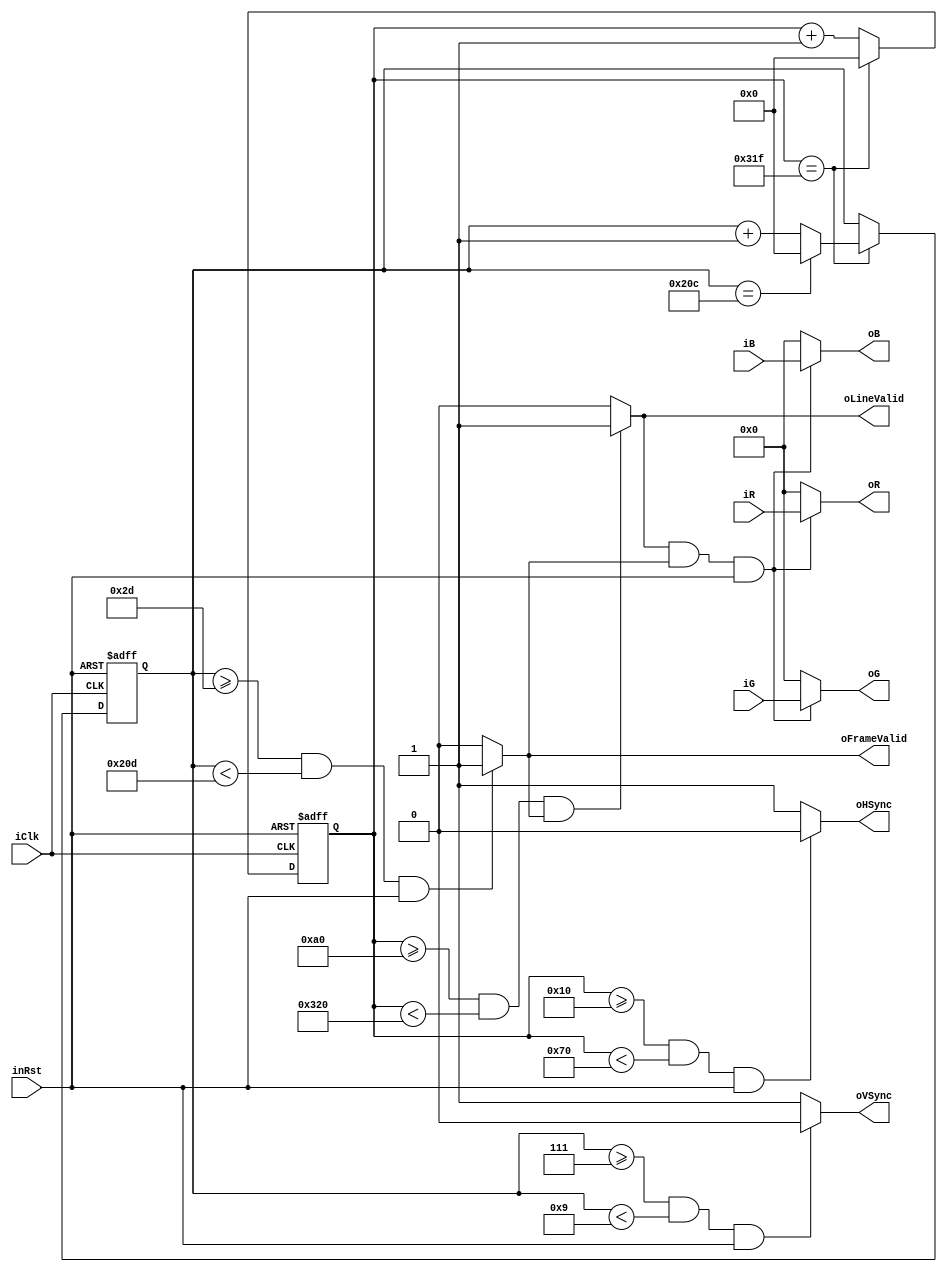
module  VGAController_1(
    input               iClk,
    input               inRst,
    input       [7:0]   iR,
    input       [7:0]   iG,
    input       [7:0]   iB,
    output      [7:0]   oR,
    output      [7:0]   oG,
    output      [7:0]   oB,
    output              oHSync,
    output              oVSync,
    output              oLineValid,
    output              oFrameValid
);
parameter   H_SYNC_PULSE    =   96;
parameter   H_SYNC_BACK     =   48;
parameter   H_SYNC_DATA     =   640;
parameter   H_SYNC_FRONT    =   16;
parameter   H_SYNC_TOTAL    =   H_SYNC_FRONT + H_SYNC_PULSE + H_SYNC_BACK + H_SYNC_DATA;
parameter   V_SYNC_PULSE    =   2;
parameter   V_SYNC_BACK     =   36;
parameter   V_SYNC_DATA     =   480;    
parameter   V_SYNC_FRONT    =   7;
parameter   V_SYNC_TOTAL    =   V_SYNC_FRONT + V_SYNC_PULSE + V_SYNC_BACK + V_SYNC_DATA; 
parameter   H_START_DATA    =   H_SYNC_BACK + H_SYNC_PULSE + H_SYNC_FRONT;
parameter   V_START_DATA    =   V_SYNC_BACK + V_SYNC_PULSE + V_SYNC_FRONT;
parameter   H_STOP_DATA     =   H_START_DATA + H_SYNC_DATA;
parameter   V_STOP_DATA     =   V_START_DATA + V_SYNC_DATA;
parameter   H_START_PULSE   =   H_SYNC_FRONT;
parameter   V_START_PULSE   =   V_SYNC_FRONT;
parameter   H_STOP_PULSE    =   H_SYNC_FRONT + H_SYNC_PULSE;
parameter   V_STOP_PULSE    =   V_SYNC_FRONT + V_SYNC_PULSE;
reg [12:0] mHCounter = 0;
reg [12:0] mVCounter = 0;
assign  oVSync      = (mVCounter >= V_START_PULSE && mVCounter < V_STOP_PULSE && inRst      ) ? 0 : 1;
assign  oHSync      = (mHCounter >= H_START_PULSE && mHCounter < H_STOP_PULSE && inRst      ) ? 0 : 1;
assign  oFrameValid = (mVCounter >= V_START_DATA  && mVCounter < V_STOP_DATA  && inRst      ) ? 1 : 0;
assign  oLineValid  = (mHCounter >= H_START_DATA  && mHCounter < H_STOP_DATA  && oFrameValid) ? 1 : 0;
assign  oR          = (oLineValid && oFrameValid && inRst) ? iR : 0;
assign  oG          = (oLineValid && oFrameValid && inRst) ? iG : 0;
assign  oB          = (oLineValid && oFrameValid && inRst) ? iB : 0;
always@(negedge iClk or negedge inRst)
begin
    if(~inRst) mHCounter <= 0;
    else
    begin
        if(mHCounter == (H_SYNC_TOTAL - 1)) mHCounter <= 0;
        else                                mHCounter <= mHCounter + 1;
    end
end
always@(negedge iClk or negedge inRst)
begin
    if(~inRst) mVCounter <= 0;
    else
    begin
        if(mHCounter == (H_SYNC_TOTAL - 1))
        begin
            if(mVCounter == (V_SYNC_TOTAL - 1)) mVCounter <= 0;
            else                                mVCounter <= mVCounter + 1;
        end
        else mVCounter <= mVCounter;
    end
end
endmodule